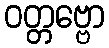
ဝတ္တဗ္ဗော